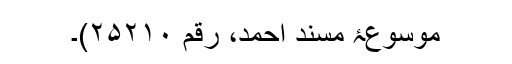
موسوعۂ مسند احمد، رقم ۲۵۲۱۰)۔